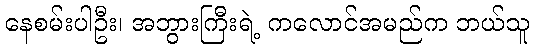
နေစမ်းပါဦး၊ အဘွားကြီးရဲ့ ကလောင်အမည်က ဘယ်သူ